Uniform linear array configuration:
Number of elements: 4
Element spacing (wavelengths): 1
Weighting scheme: hamming
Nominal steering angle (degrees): -30
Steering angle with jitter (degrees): -31.917
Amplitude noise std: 0.05
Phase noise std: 0.05

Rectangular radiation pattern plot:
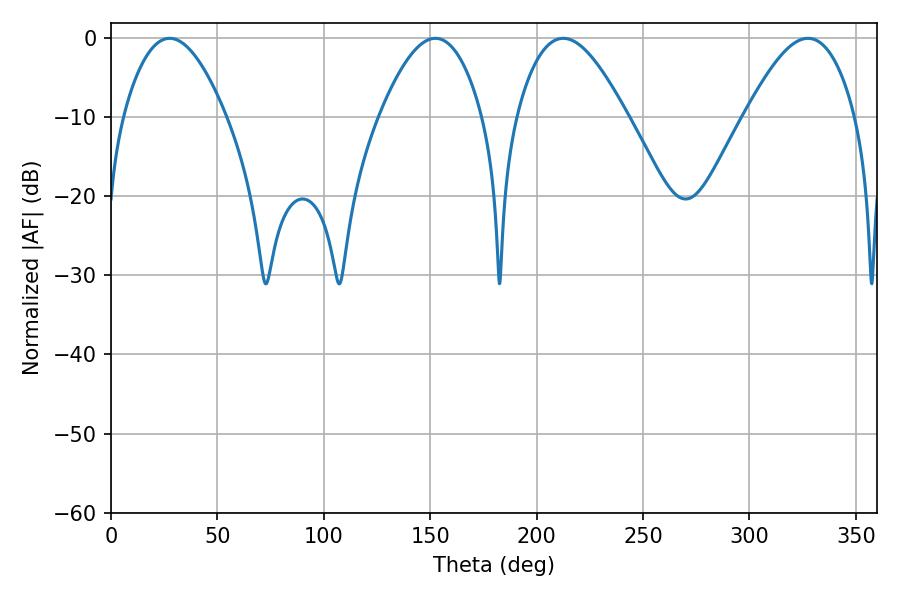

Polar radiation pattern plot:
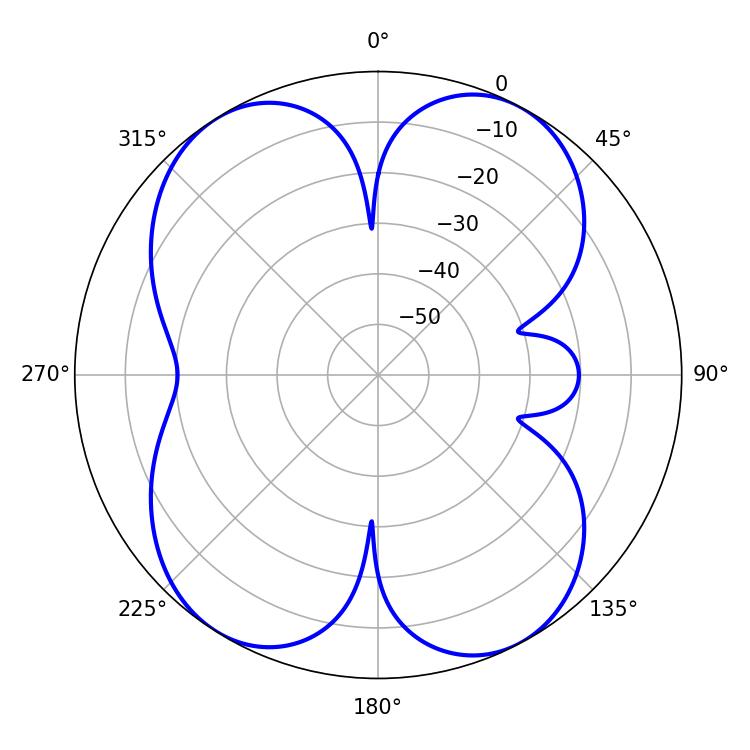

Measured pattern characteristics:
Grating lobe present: TRUE
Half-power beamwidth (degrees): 26.28
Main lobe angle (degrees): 27.54